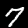
Label: 7